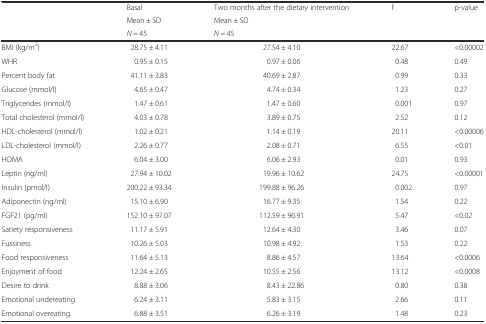
<table><thead><tr><td rowspan="3"></td><td><b>Basal</b></td><td><b>Two months after the dietary intervention</b></td><td rowspan="3"><b>f</b></td><td rowspan="3"><b>p-value</b></td></tr><tr><td><b>Mean ± SD</b></td><td><b>Mean ± SD</b></td></tr><tr><td><b><i>N</i> = 45</b></td><td><b><i>N</i> = 45</b></td></tr></thead><tbody><tr><td>BMI (kg/m<sup>2</sup>)</td><td>28.75 ± 4.11</td><td>27.54 ± 4.10</td><td>22.67</td><td>&lt;0.00002</td></tr><tr><td>WHR</td><td>0.95 ± 0.15</td><td>0.97 ± 0.06</td><td>0.48</td><td>0.49</td></tr><tr><td>Percent body fat</td><td>41.11 ± 3.83</td><td>40.69 ± 2.87</td><td>0.99</td><td>0.33</td></tr><tr><td>Glucose (mmol/l)</td><td>4.65 ± 0.47</td><td>4.74 ± 0.34</td><td>1.23</td><td>0.27</td></tr><tr><td>Triglycerides (mmol/l)</td><td>1.47 ± 0.61</td><td>1.47 ± 0.60</td><td>0.001</td><td>0.97</td></tr><tr><td>Total cholesterol (mmol/l)</td><td>4.03 ± 0.78</td><td>3.89 ± 0.75</td><td>2.52</td><td>0.12</td></tr><tr><td>HDL-cholesterol (mmol/l)</td><td>1.02 ± 0.21</td><td>1.14 ± 0.19</td><td>20.11</td><td>&lt;0.00006</td></tr><tr><td>LDL-cholesterol (mmol/l)</td><td>2.26 ± 0.77</td><td>2.08 ± 0.71</td><td>6.55</td><td>&lt;0.01</td></tr><tr><td>HOMA</td><td>6.04 ± 3.00</td><td>6.06 ± 2.93</td><td>0.01</td><td>0.93</td></tr><tr><td>Leptin (ng/ml)</td><td>27.94 ± 10.02</td><td>19.96 ± 10.62</td><td>24.75</td><td>&lt;0.00001</td></tr><tr><td>Insulin (pmol/l)</td><td>200.22 ± 93.34</td><td>199.88 ± 96.26</td><td>0.002</td><td>0.97</td></tr><tr><td>Adiponectin (ng/ml)</td><td>15.10 ± 6.90</td><td>16.77 ± 9.35</td><td>1.54</td><td>0.22</td></tr><tr><td>FGF21 (pg/ml)</td><td>152.10 ± 97.07</td><td>112.59 ± 96.91</td><td>5.47</td><td>&lt;0.02</td></tr><tr><td>Satiety responsiveness</td><td>11.17 ± 5.91</td><td>12.64 ± 4.30</td><td>3.46</td><td>0.07</td></tr><tr><td>Fussiness</td><td>10.26 ± 5.03</td><td>10.98 ± 4.92</td><td>1.53</td><td>0.22</td></tr><tr><td>Food responsiveness</td><td>11.64 ± 5.13</td><td>8.86 ± 4.57</td><td>13.64</td><td>&lt;0.0006</td></tr><tr><td>Enjoyment of food</td><td>12.24 ± 2.65</td><td>10.55 ± 2.56</td><td>13.12</td><td>&lt;0.0008</td></tr><tr><td>Desire to drink</td><td>8.88 ± 3.06</td><td>8.43 ± 22.86</td><td>0.80</td><td>0.38</td></tr><tr><td>Emotional undereating</td><td>6.24 ± 3.11</td><td>5.83 ± 3.15</td><td>2.66</td><td>0.11</td></tr><tr><td>Emotional overeating</td><td>6.88 ± 3.51</td><td>6.26 ± 3.19</td><td>1.48</td><td>0.23</td></tr></tbody></table>